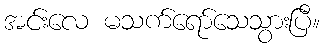
အင်းလေ မသက်ရော်သေသွားပြီ။